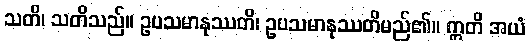
သတိ၊ သတိသည်။ ဥပသမာနုဿတိ၊ ဥပသမာနုဿတိမည်၏။ ဣတိ အယံ